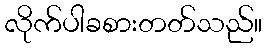
လိုက်ပါခစားတတ်သည်။